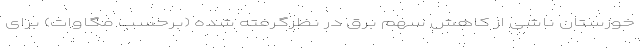
خوزستان ناشی از کاهش سهم برق در نظرگرفته شده (برحسب مگاوات) برای